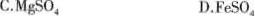
C.MgSO_{4} D.FeSO_{4}